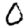
Digit: 0